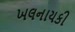
ખલનાયકી